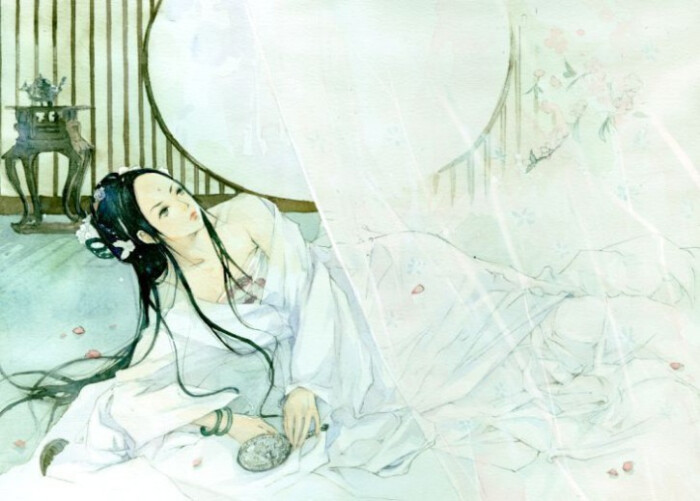
重帏深下莫愁堂，卧后清宵细细长。